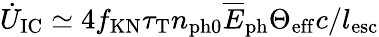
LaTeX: \dot{U}_{\mathrm{IC}}\simeq 4f_{\mathrm{KN}}\tau_{\mathrm{T}}n_{\mathrm{ph0}}\overline{E}_{\mathrm{ph}}\Theta_{\mathrm{eff}}c/l_{\mathrm{esc}}